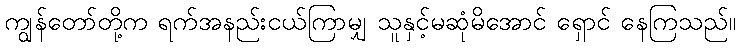
ကျွန်တော်တို့က ရက်အနည်းငယ်ကြာမျှ သူနှင့်မဆုံမိအောင် ရှောင် နေကြသည်။